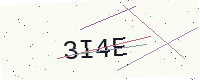
Text: 3I4E